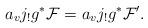
LaTeX: \begin{align*}a_vj_!g^*{\cal F}=a_vj_!g^*{\cal F}'.\end{align*}